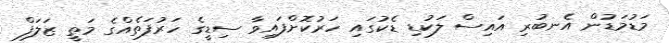
މަޑުމަޑުން އެނބުރި އައިސް ލަކުޑި ޑެކުގައި ހަރުކޮށްފައިވާ ސިޑީގެ ހަރުފަތެއްގެ މަތީ ޒަލަފް